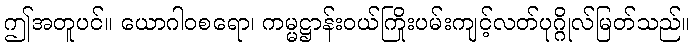
ဤအတူပင်။ ယောဂါဝစရော၊ ကမ္မဋ္ဌာန်းဝယ်ကြိုးပမ်းကျင့်လတ်ပုဂ္ဂိုလ်မြတ်သည်။